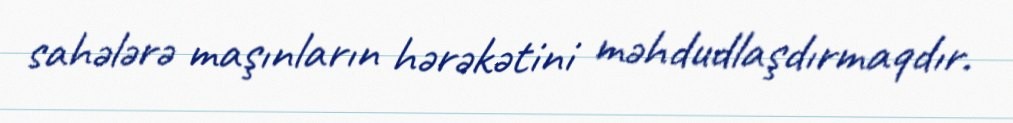
sahələrə maşınların hərəkətini məhdudlaşdırmaqdır.